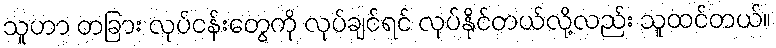
သူဟာ တခြား လုပ်ငန်းတွေကို လုပ်ချင်ရင် လုပ်နိုင်တယ်လို့လည်း သူထင်တယ်။